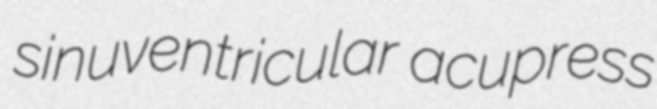
sinuventricular acupress